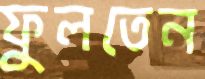
ফুলতেন